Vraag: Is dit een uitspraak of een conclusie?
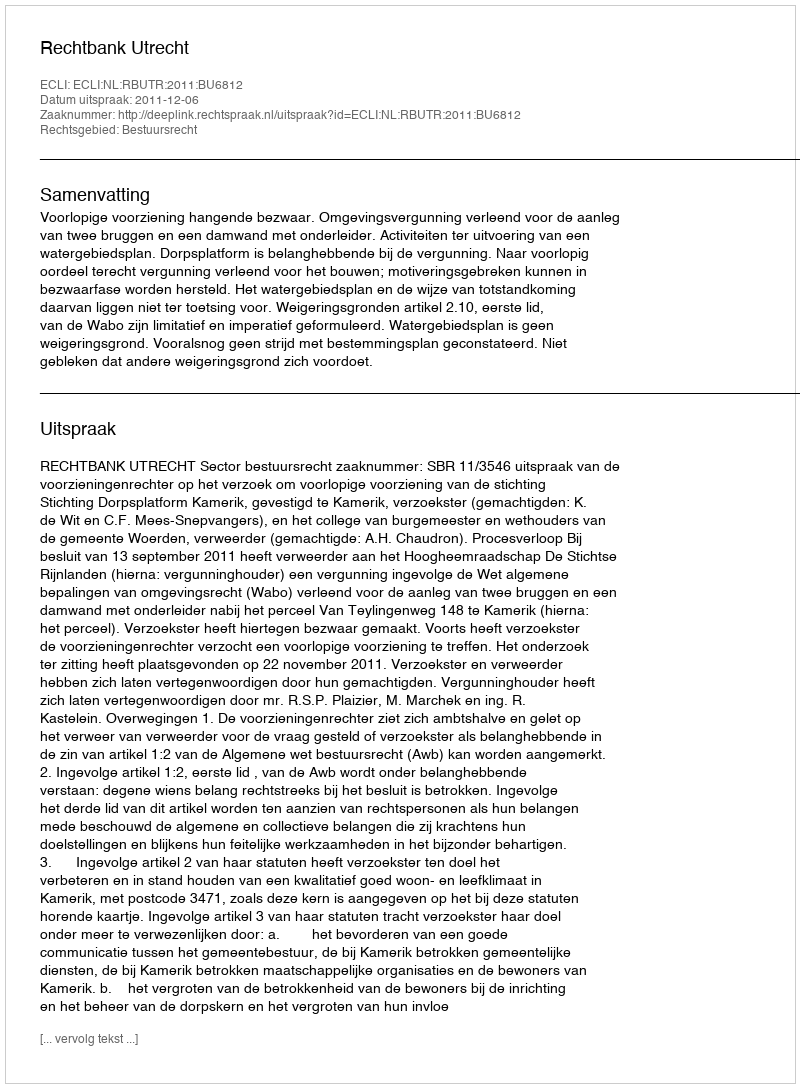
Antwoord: Uitspraak